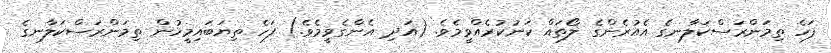
ފަހެ ތިމަންރަސްކަލާނގެ އެއުރެންގެ ލޯތައް ކަނުކުރެއްވީމެވެ. (އަދި އެންގެވީމެވެ.) ފަހެ ތިޔަބައިމީހުން ތިމަންރަސްކަލާނގެ